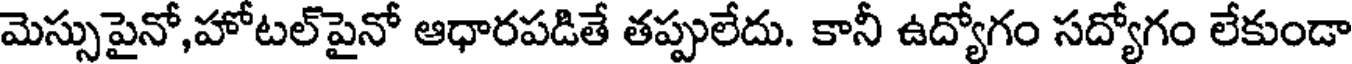
మెస్సుపైనో,హోటల్పైనో ఆధారపడితే తప్పులేదు. కానీ ఉద్యోగం సద్యోగం లేకుండా